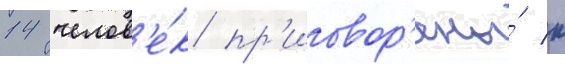
14 челов'е́к пр'иговор'ены́ к